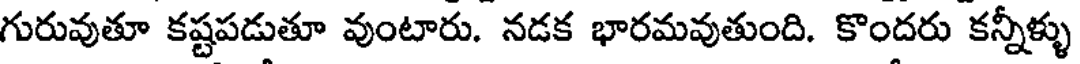
గురువుతూ కష్టపడుతూ వుంటారు. నడక భారమవుతుంది. కొందరు కన్నీళ్ళు